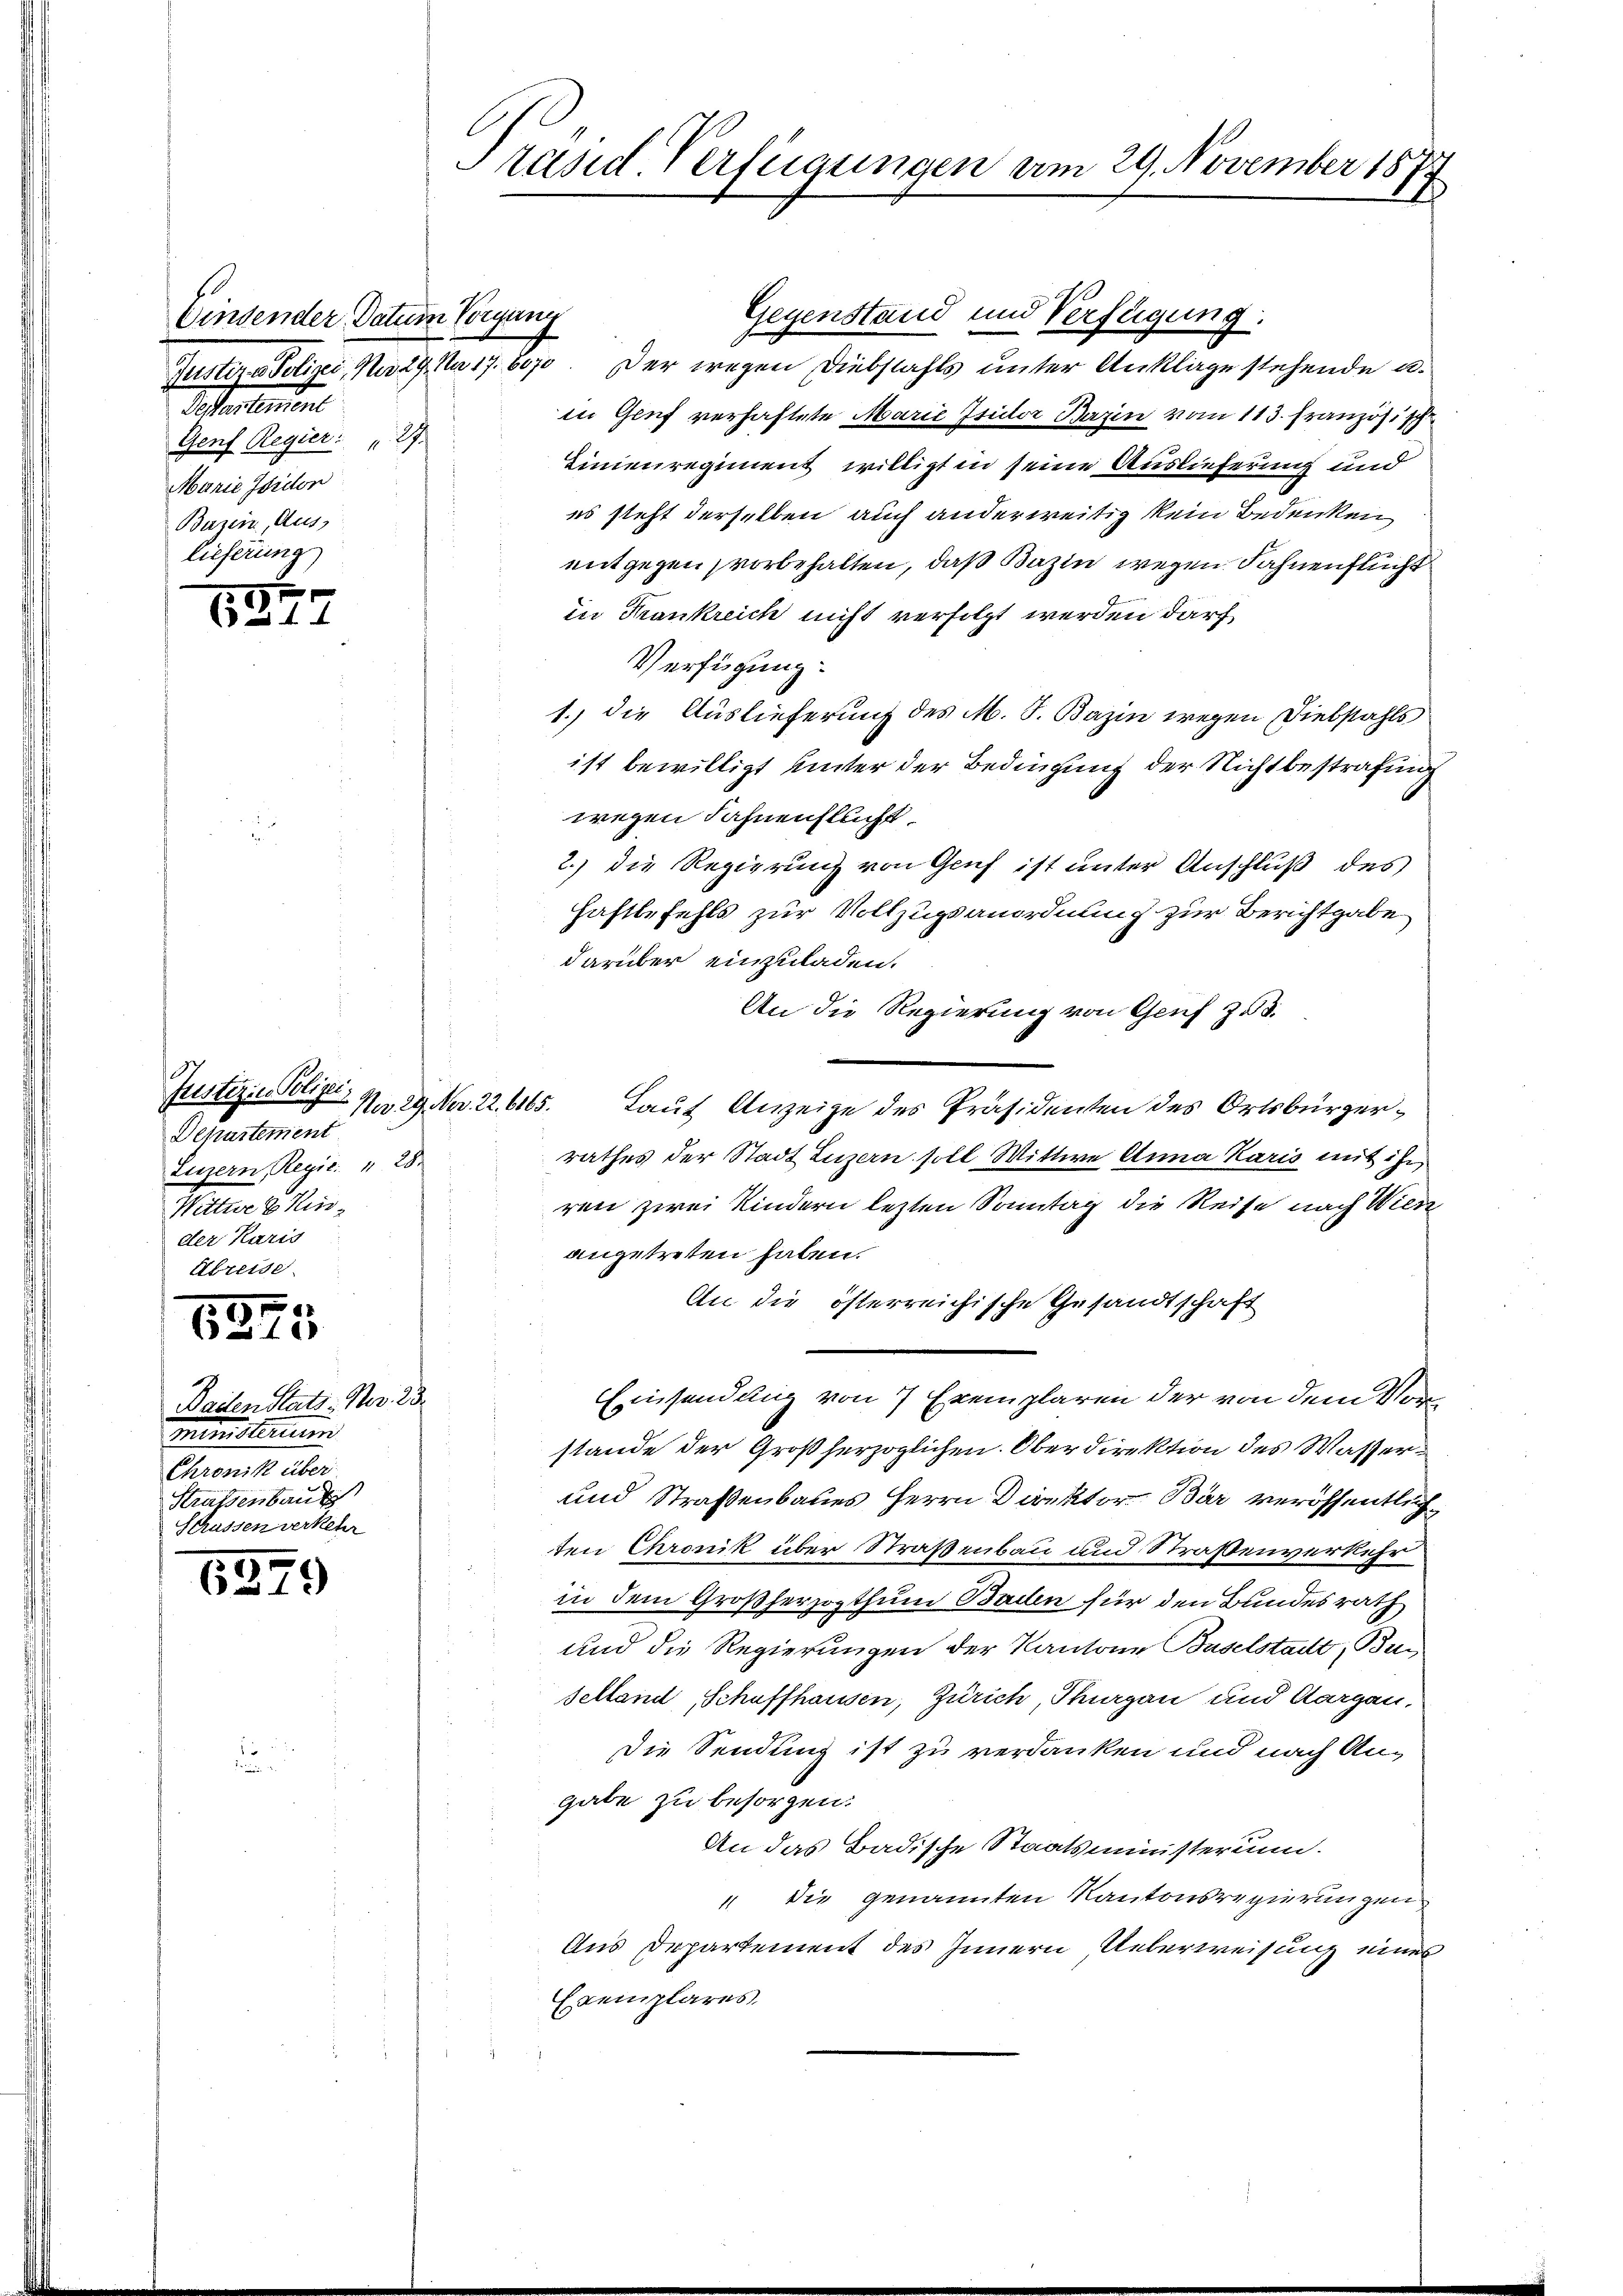
s
Einsender Datum Vorgang
Altertement
Genf Regier: " 27
Marie Isidor
Buzern, Aus
lieferung)

1347

Justiz in Polizei
Departement
Luzern, Regie. " 28
Wittwe Hinder Karis
Abreise

3
18

1
Baden Statt: Bar. 23.
ministerium
Chronik über
Straßenbaut
Schüssen verkehr

.
6379

Präsid. Verfügungen am 29. November 187.
E

Gegenstand und Verfügung.
Guster - Polizei, No 29. No 17. 8070. Der wegen Diebstahls unter Ankläge stehende a.
in Genf verhaftete Marie Isidor Bazin vom 113. Französis
Linienregiment willigt in seine Auslieferung und
es steht derselben auch anderweitig kein Bedenken,
entgegen vorbehalten, daß Bazin wegen Fahnenflucht
in Krankreich nicht verfolgt werden darf
Verfügung.
1.) die Auslieferung des M. J. Bazin wegen Diebstahls
ist bewilligt unter der Bedingung der Nichtbestrafung
wegen Fahnenstlicht.
2.) die Regierung von Gruf ist unter Anschluß des
Haftbefehls zur Vollzugsanordnung zur Berichtgabe
darüber einzuladen.
An die Regierung von Genf z 3.
n
Laut Anzeige des Präsidenten des Ortsbürgerrathes der Stadt Luzern soll Mittwe Anna Karis mit ihr
ren zwei Kindern lezten Sonntag die Reise nach Wien
angetreten haben.
An die österreichische Gesandtschaft
Einsendung von 7 Exemplaren der von dem Vorstande der Großherzoglichen Oberdirektion des Wasser¬
und Straßenbaues Herrn Direktor Bär veröffentlichten Chronik über Straßenbau und Straßenverkehr
in dem Großherzogthum Ballen für den Bundesrath
und die Regierungen der Kantone Baselstadt, Bur
selland Schaffhausen, Zürich, Thurgau und Aargau,
Die Sendung ist zu verdanken und nach An-
gabe zu besorgen.
An das Badische Staatsministerium.
4 die genannten Kantonsregierungen
Aus Departement des Innern Ueberweisung eines
Exemplares.

No 29. Nr. 22. 6165.